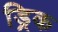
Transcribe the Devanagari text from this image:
ड्रिक